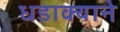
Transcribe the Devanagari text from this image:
धडाक्याने